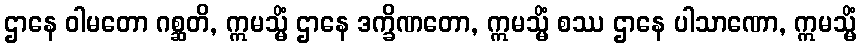
ဌာနေ ဝါမတော ဂစ္ဆတိ, ဣမသ္မိံ ဌာနေ ဒက္ခိဏတော, ဣမသ္မိံ စဿ ဌာနေ ပါသာဏော, ဣမသ္မိံ